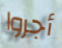
أجروا